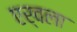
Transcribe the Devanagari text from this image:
एर्वला